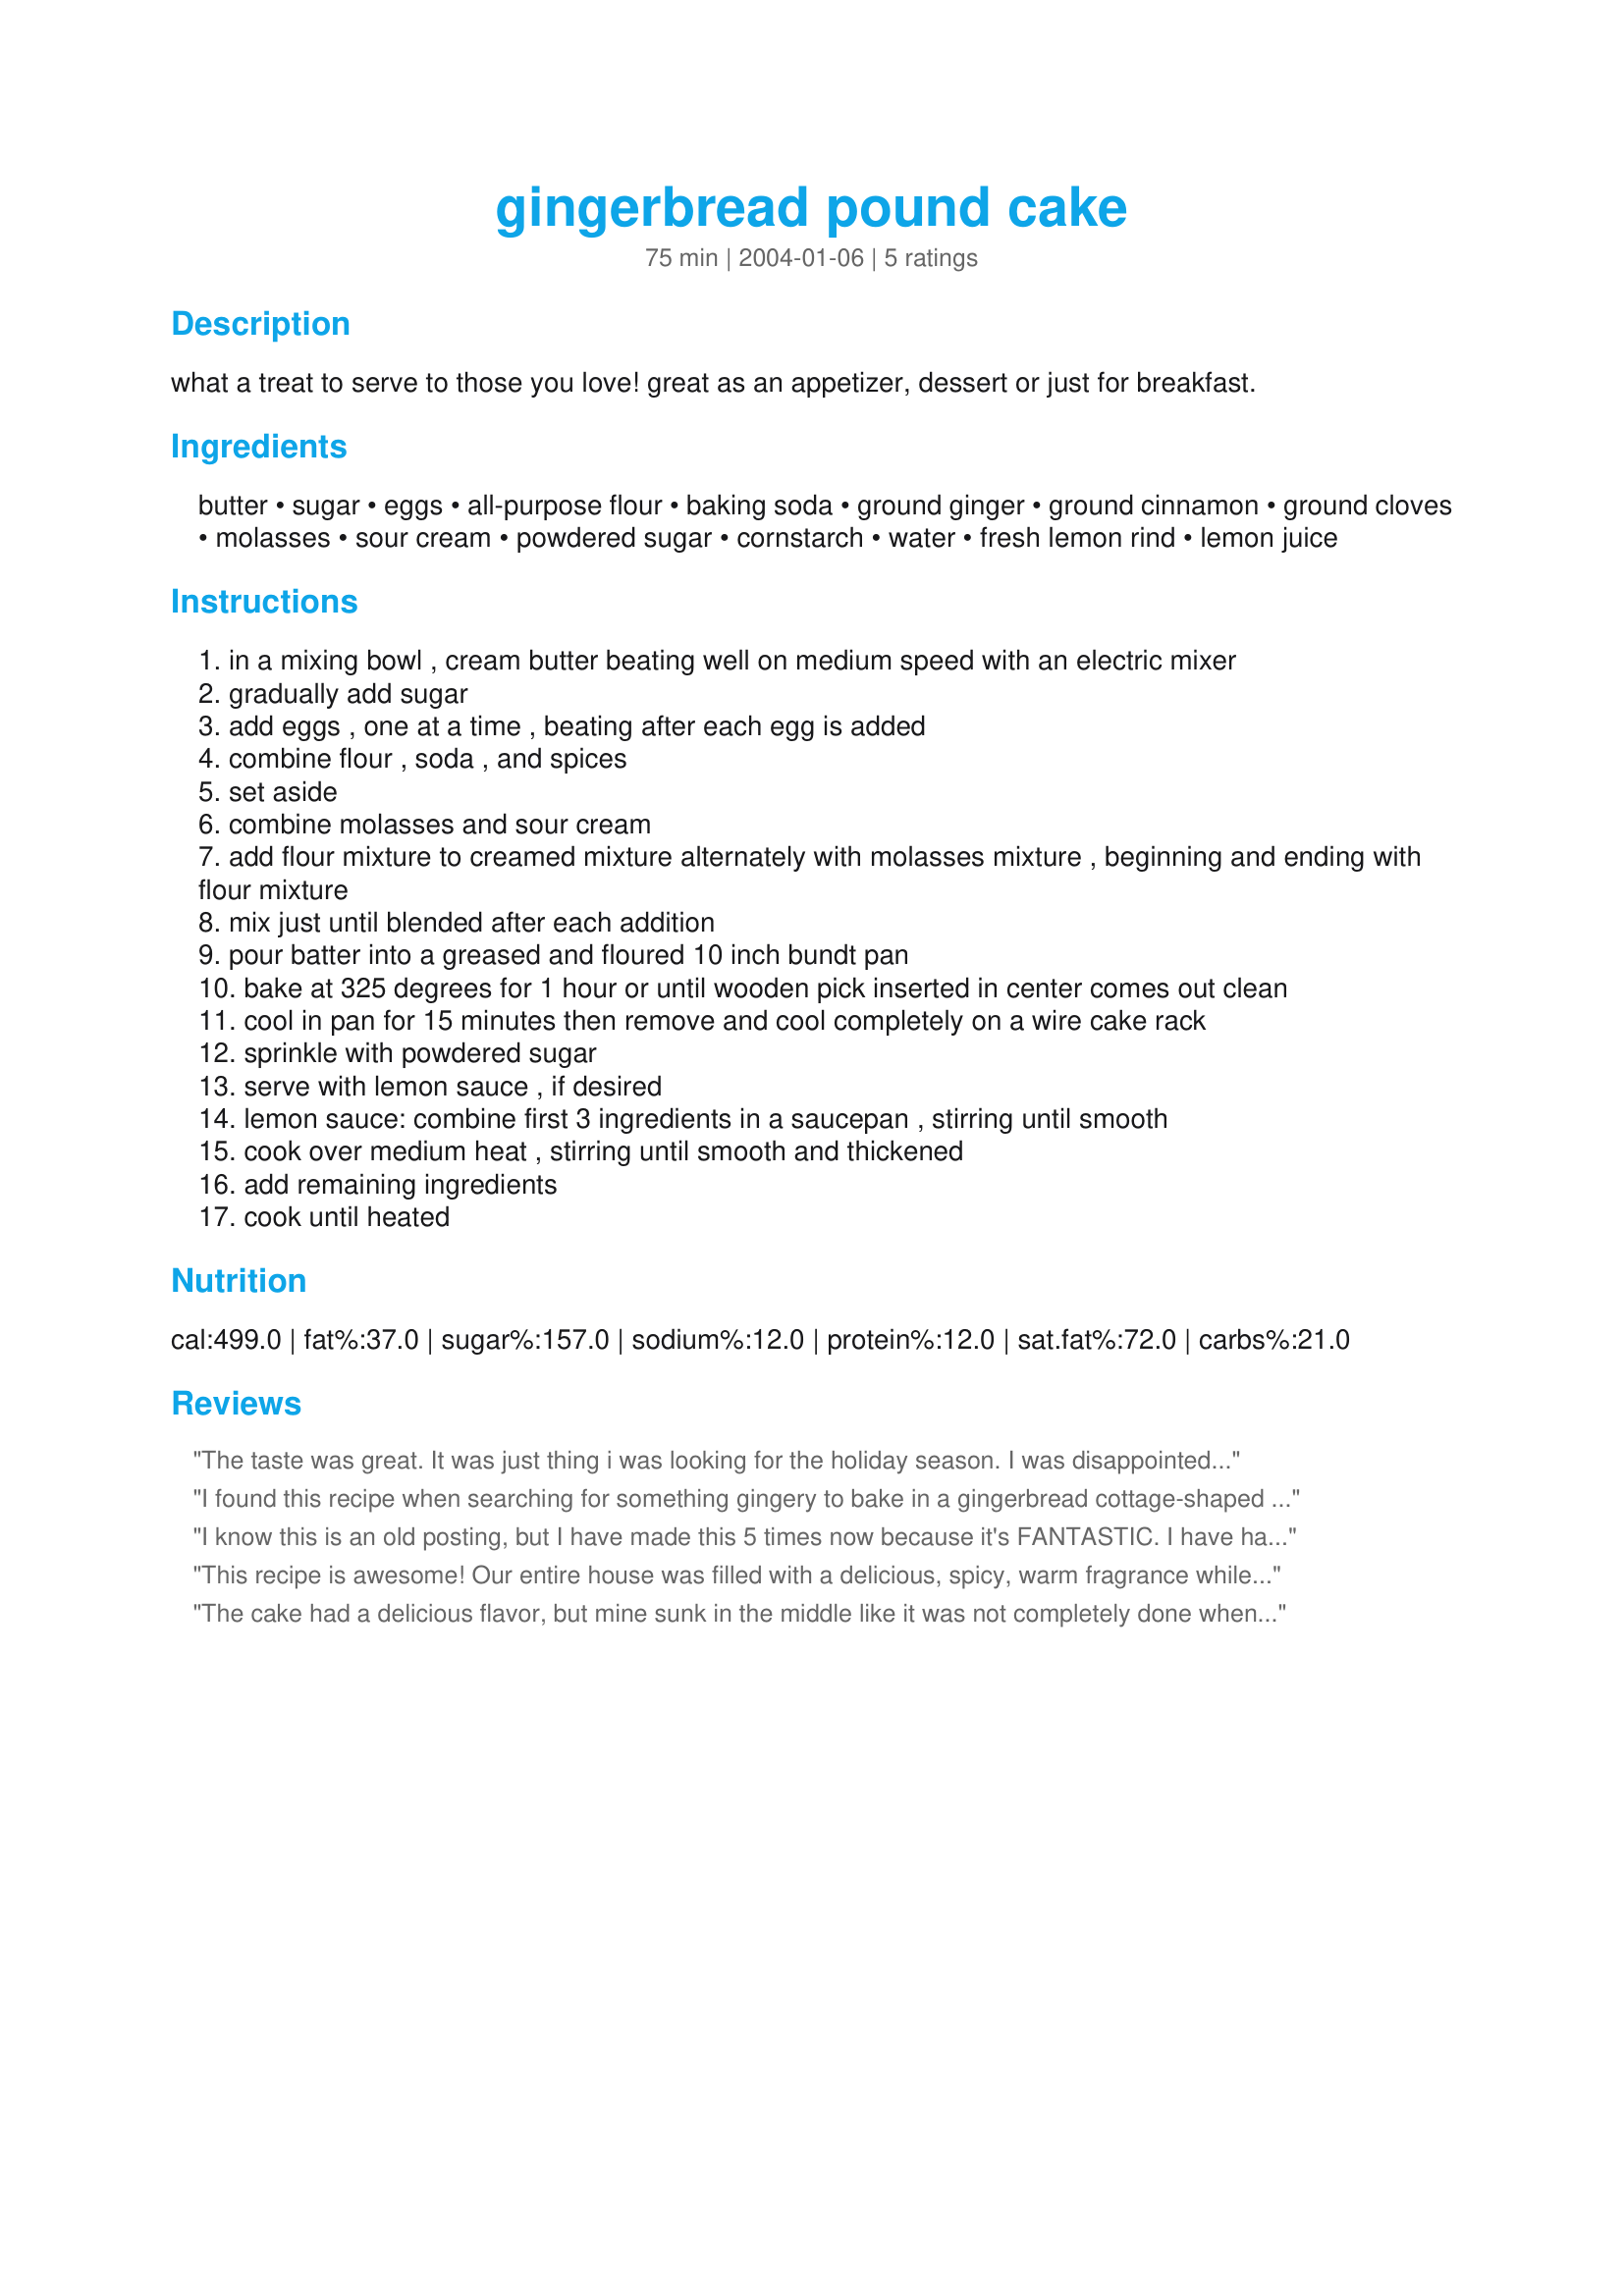
gingerbread pound cake
Preparation time: 75 minutes

what a treat to serve to those you love! great as an appetizer, dessert or just for breakfast.

Ingredients:
butter, sugar, eggs, all-purpose flour, baking soda, ground ginger, ground cinnamon, ground cloves, molasses, sour cream, powdered sugar, cornstarch, water, fresh lemon rind, lemon juice

Steps:
in a mixing bowl , cream butter beating well on medium speed with an electric mixer
gradually add sugar
add eggs , one at a time , beating after each egg is added
combine flour , soda , and spices
set aside
combine molasses and sour cream
add flour mixture to creamed mixture alternately with molasses mixture , beginning and ending with flour mixture
mix just until blended after each addition
pour batter into a greased and floured 10 inch bundt pan
bake at 325 degrees for 1 hour or until wooden pick inserted in center comes out clean
cool in pan for 15 minutes then remove and cool completely on a wire cake rack
sprinkle with powdered sugar
serve with lemon sauce , if desired
lemon sauce: combine first 3 ingredients in a saucepan , stirring until smooth
cook over medium heat , stirring until smooth and thickened
add remaining ingredients
cook until heated

Reviews:
The taste was great. It was just thing i was looking for the holiday season. I was disappointed that it sunk in the center (used a bunt pan), so when I plated it, the visible part looked great, but when you cut it, the piece looked a little funny. The lemon sauce was a nice addition. I even made some candied lemon peels and scattered over the cake.
I found this recipe when searching for something gingery to bake in a gingerbread cottage-shaped cake pan. It is perfect! My only change was substituting 1/2 cup honey for 1/2 cup of the molasses. The batter is just the right volume for my pan, and the cake is wonderful. The whole house smells like the holidays when it is baking. I have made two already and have more planned for gifts.
I know this is an old posting, but I have made this 5 times now because it's FANTASTIC. I have had people even ask me to make it for them for birthdays. I used an orange icing as well as the lemon sauce based on who was getting to eat it. This is a solid keeper.
This recipe is awesome! Our entire house was filled with a delicious, spicy, warm fragrance while it was baking. It is very easy to prepare and the result is so delicious, we never got the lemon sauce on it. We couldn't wait. The outside is crunchy and the inside is moist and tender. It tastes just like gingerbread! YUMMO! My Mom is taking my printed version of this one!
The cake had a delicious flavor, but mine sunk in the middle like it was not completely done when it was, so when plated it looked a bit odd. I made my own lemon sauce to go over it. It was enjoyed, but still more gingerbread than pound cake to us.
